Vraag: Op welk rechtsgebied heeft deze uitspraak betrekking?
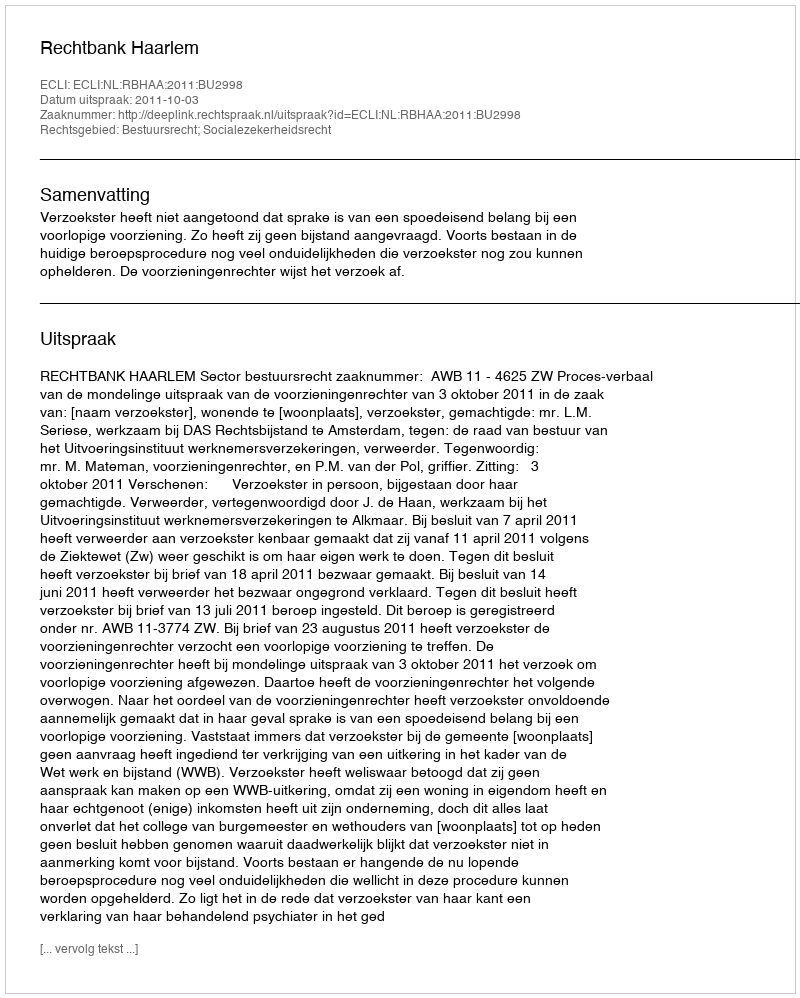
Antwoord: Bestuursrecht; Socialezekerheidsrecht